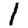
Digit: 1